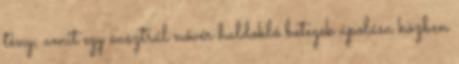
tény, amit egy ausztrál nővér haldokló betegek ápolása közben